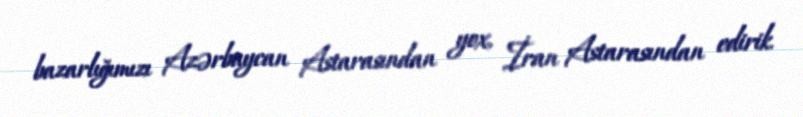
bazarlığımızı Azərbaycan Astarasından yox, İran Astarasından edirik.